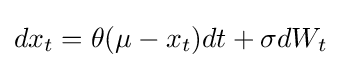
dx_{t}=\theta (\mu -x_{t})dt+\sigma dW_{t}